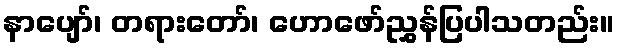
နာပျော်၊ တရားတော်၊ ဟောဖော်ညွှန်ပြပါသတည်း။